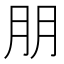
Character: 朋